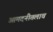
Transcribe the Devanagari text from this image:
आमदनीतलाच